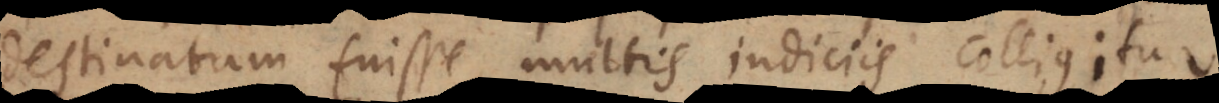
destinatum fuisse, multis judiciis colligitur.